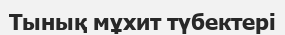
Тынық мұхит түбектері